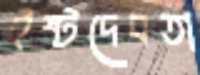
ইষ্টদেবতা